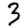
Digit: 3